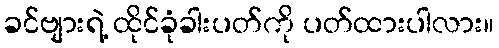
ခင်ဗျားရဲ့ ထိုင်ခုံခါးပတ်ကို ပတ်ထားပါလား။